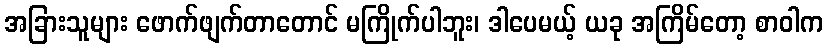
အခြားသူများ ဖောက်ဖျက်တာတောင် မကြိုက်ပါဘူး၊ ဒါပေမယ့် ယခု အကြိမ်တော့ စာဝါက